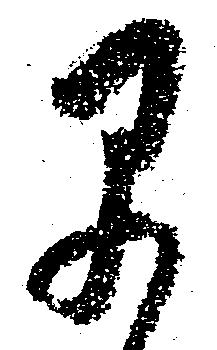
早